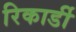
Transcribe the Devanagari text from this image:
रिकार्डी